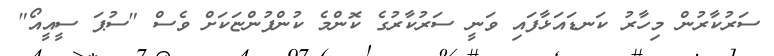
ސަރުކާރުން މިހާރު ކަނޑައަޅާފައި ވަނީ ސަރުކާރުގެ ކޮންމެ ކުންފުންޏަކަށް ވެސް "ސުޕަ ސީއީއޯ"